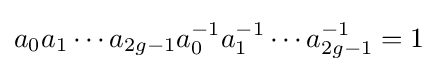
a_{0}a_{1}\cdots a_{2g-1}a_{0}^{-1}a_{1}^{-1}\cdots a_{2g-1}^{-1}=1